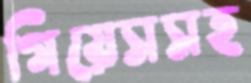
গিয়েসসহ